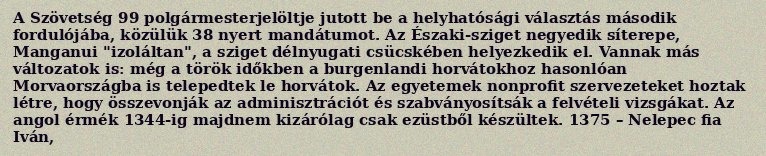
A Szövetség 99 polgármesterjelöltje jutott be a helyhatósági választás második fordulójába, közülük 38 nyert mandátumot. Az Északi-sziget negyedik síterepe, Manganui "izoláltan", a sziget délnyugati csücskében helyezkedik el. Vannak más változatok is: még a török időkben a burgenlandi horvátokhoz hasonlóan Morvaországba is telepedtek le horvátok. Az egyetemek nonprofit szervezeteket hoztak létre, hogy összevonják az adminisztrációt és szabványosítsák a felvételi vizsgákat. Az angol érmék 1344-ig majdnem kizárólag csak ezüstből készültek. 1375 – Nelepec fia Iván,